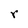
Character: r